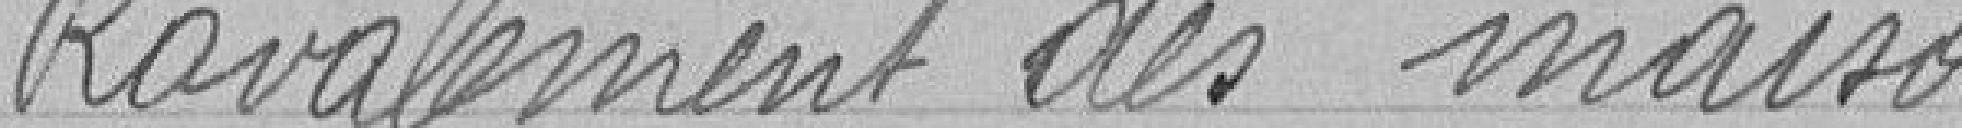
Ravalement des maisons en 1911